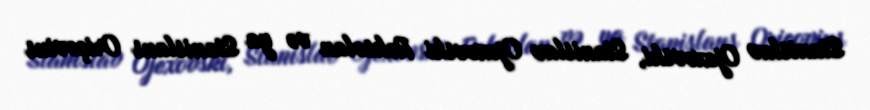
Stanislav Ojexovski, Stanislav Ojexovski Roksolan və ya Stanislaus Oriçovius